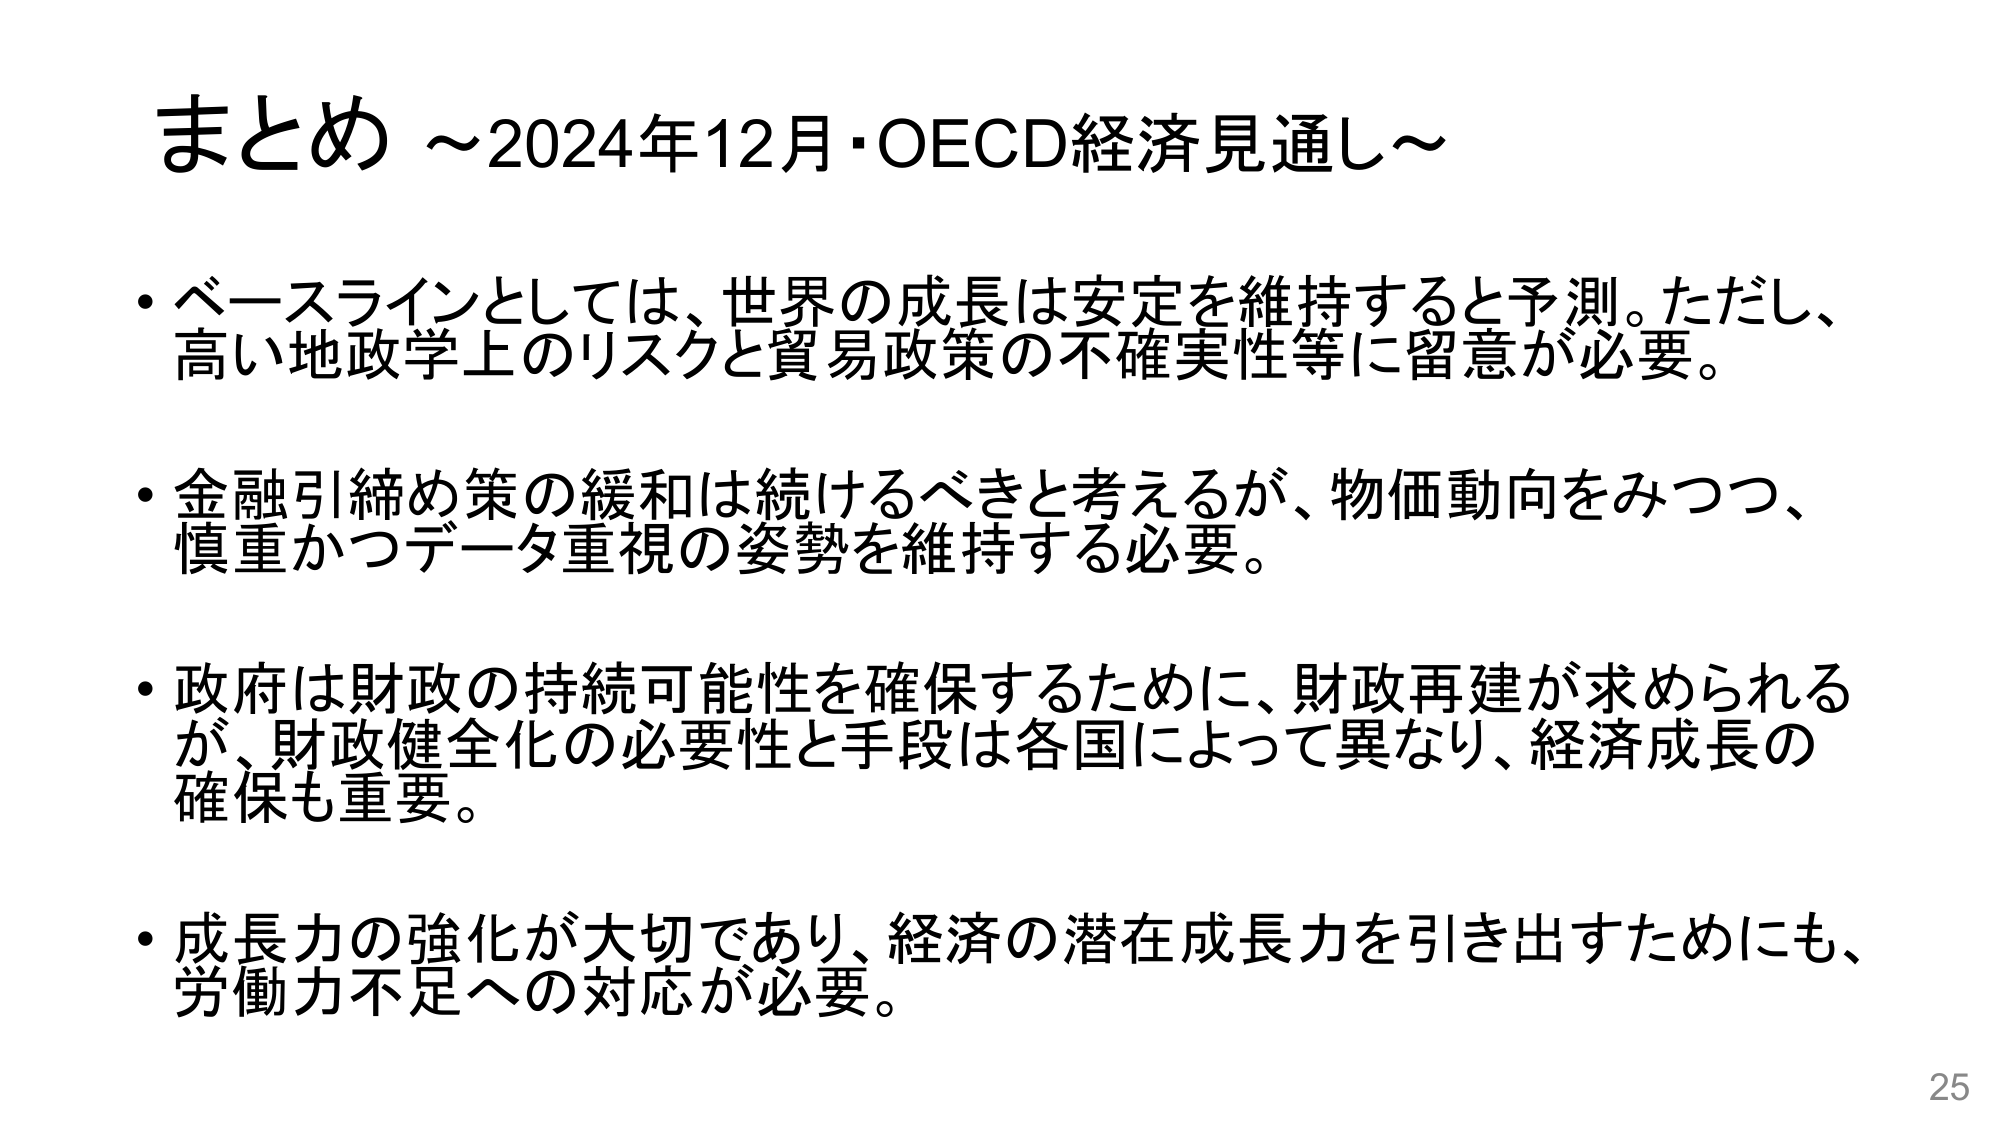
まとめ ~2024年12月・OECD経済見通し~

・ベースラインとしては、世界の成長は安定を維持すると予測。ただし、高い地政学上のリスクと貿易政策の不確実性等に留意が必要。

・金融引締め策の緩和は続けるべきと考えるが、物価動向をみつつ、慎重かつデータ重視の姿勢を維持する必要。

・政府は財政の持続可能性を確保するために、財政再建が求められるが、財政健全化の必要性と手段は各国によって異なり、経済成長の確保も重要。

・成長力の強化が大切であり、経済の潜在成長力を引き出すためにも、労働力不足への対応が必要。

25